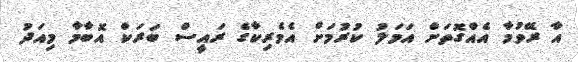
އާ ރޭވުމާ އެއްގޮތަށް އަމަލު ކުރުމަށް އެމެރިކާގެ ރައީސް ބަރަކް އޮބާމާ މިއަދު